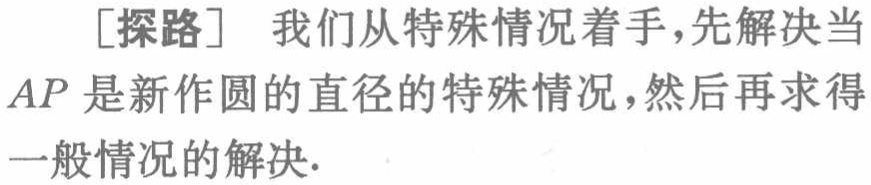
[探路] 我们从特殊情况着手，先解决当
$AP$ 是新作圆的直径的特殊情况，然后再求得
一般情况的解决.